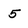
Character: 5